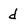
Character: d